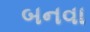
બનવા